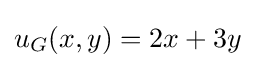
u_{G}(x,y)=2x+3y